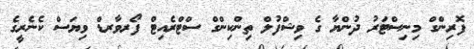
ފޮރިންގް މިނިސްޓަރު ދުންޔާ ގެ ވިޝްފުލް ތިންކިންގް ސްޓްރެއިޓް ފޯރވާރޑް ވިޔަސް ކެނެރީގެ